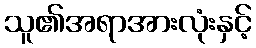
သူ၏အရာအားလုံးနှင့်